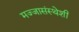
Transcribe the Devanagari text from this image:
मज्जासंस्थेशी